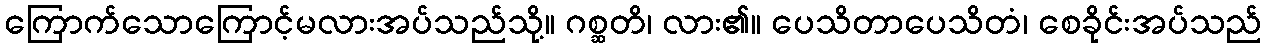
ကြောက်သောကြောင့်မလားအပ်သည်သို့။ ဂစ္ဆတိ၊ လား၏။ ပေသိတာပေသိတံ၊ စေခိုင်းအပ်သည်